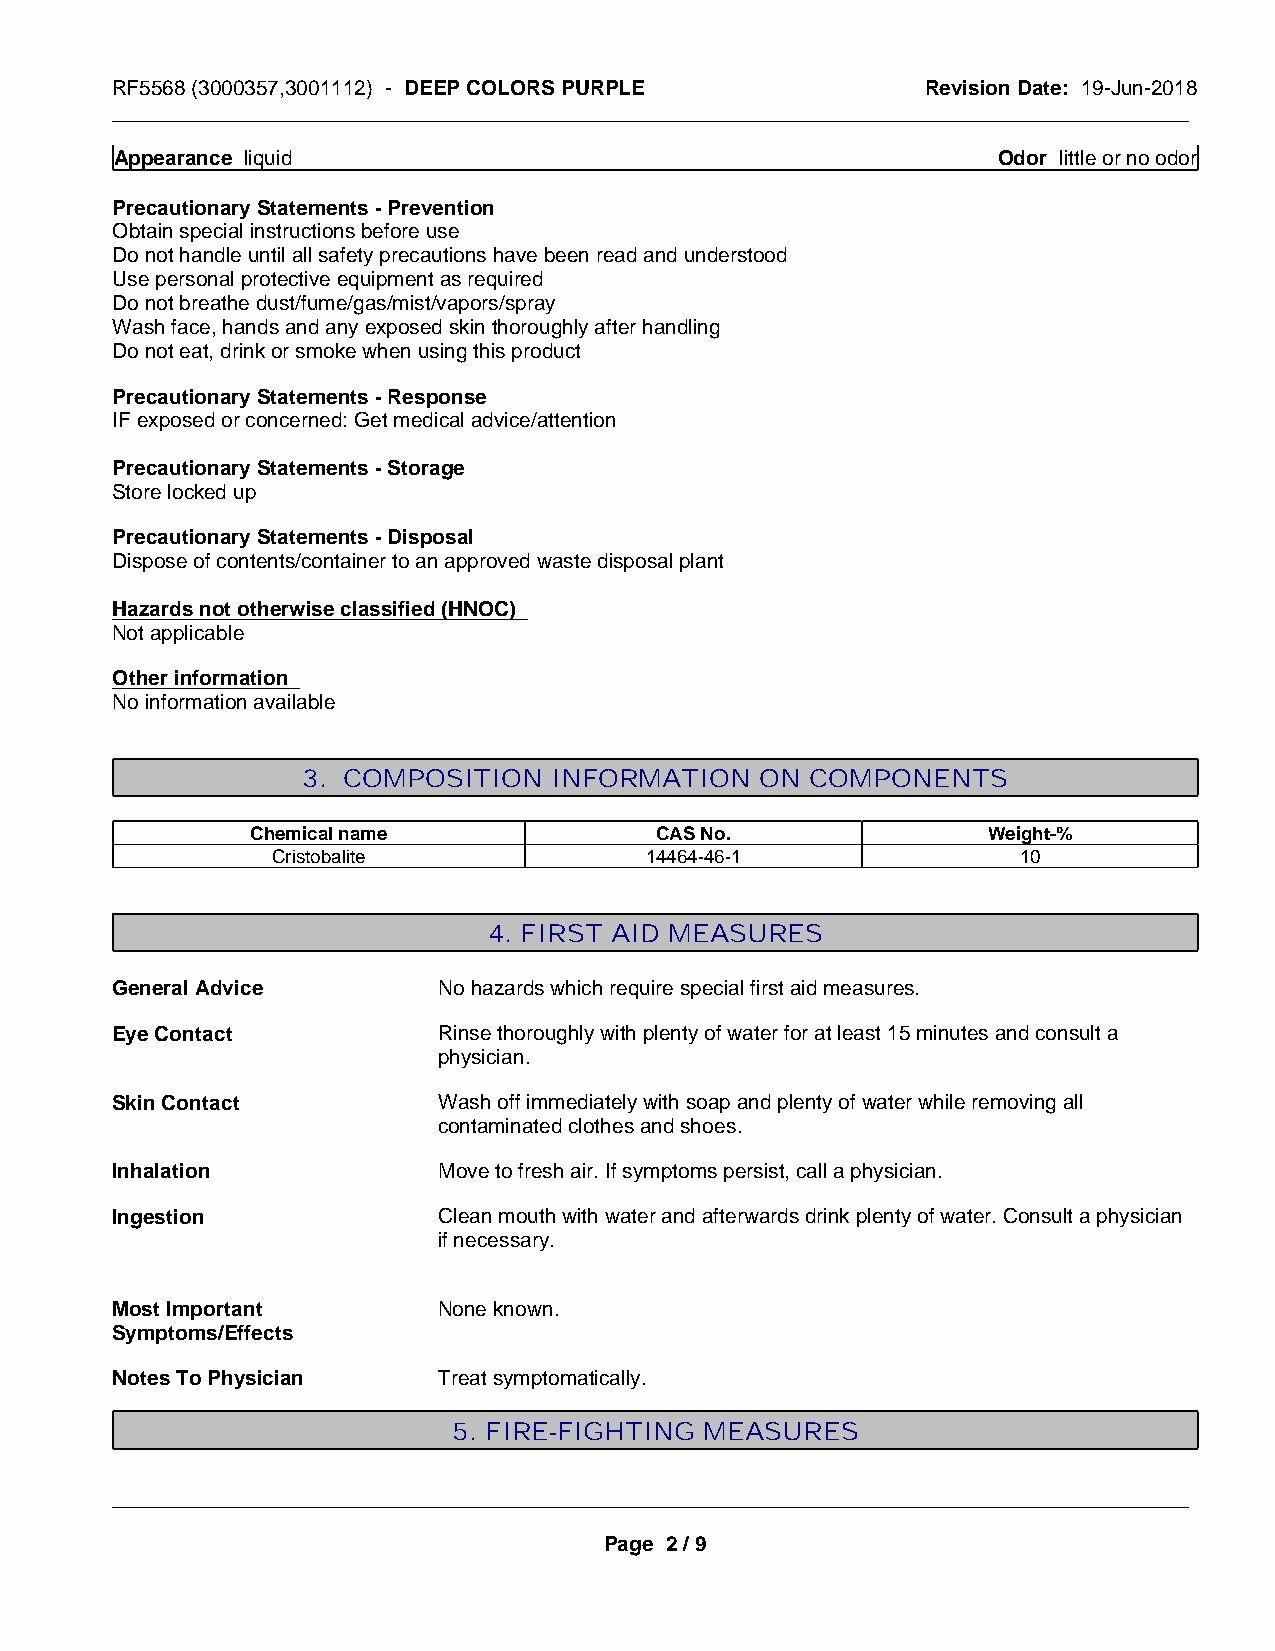
RF5568 (3000357,3001112) - DEEP COLORS PURPLE         Revision Date: 19-Jun-2018
 _____________________________________________________________________________________________
 Appearance liquid                                         Odor little or no odor
 Precautionary Statements - Prevention
 Obtain special instructions before use
 Do not handle until all safety precautions have been read and understood
 Use personal protective equipment as required
 Do not breathe dust/fume/gas/mist/vapors/spray
 Wash face, hands and any exposed skin thoroughly after handling
 Do not eat, drink or smoke when using this product
 Precautionary Statements - Response
 IF exposed or concerned: Get medical advice/attention
 Precautionary Statements - Storage
 Store locked up
 Precautionary Statements - Disposal
 Dispose of contents/container to an approved waste disposal plant
 Hazards not otherwise classified (HNOC)
 Not applicable
 Other information
 No information available
 3. COMPOSITION   INFORMATION  ON  COMPONENTS
 Chemical name             CAS No.               Weight-%
 Cristobalite             14464-46-1               10
 4. FIRST AID MEASURES
 General Advice        No hazards which require special first aid measures.
 Eye Contact           Rinse thoroughly with plenty of water for at least 15 minutes and consult a
 physician.
 Skin Contact          Wash off immediately with soap and plenty of water while removing all
 contaminated clothes and shoes.
 Inhalation            Move to fresh air. If symptoms persist, call a physician.
 Ingestion             Clean mouth with water and afterwards drink plenty of water. Consult a physician
 if necessary.
 Most Important        None known.
 Symptoms/Effects
 Notes To Physician    Treat symptomatically.
 5. FIRE-FIGHTING MEASURES
 _____________________________________________________________________________________________
 Page 2 / 9